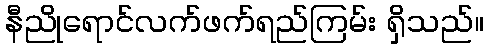
နီညိုရောင်လက်ဖက်ရည်ကြမ်း ရှိသည်။